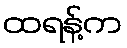
ထရန့်က